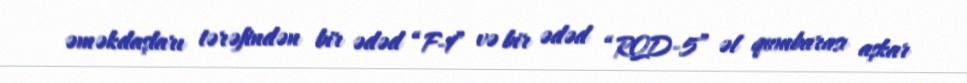
əməkdaşları tərəfindən bir ədəd “F-1” və bir ədəd “RQD-5” əl qumbarası aşkar